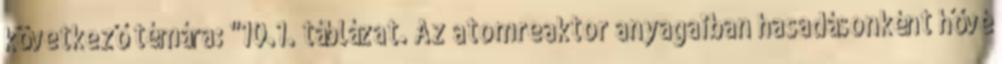
következő témára: "10.1. táblázat. Az atomreaktor anyagaiban hasadásonként hővé